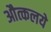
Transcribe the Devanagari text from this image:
औत्कलये